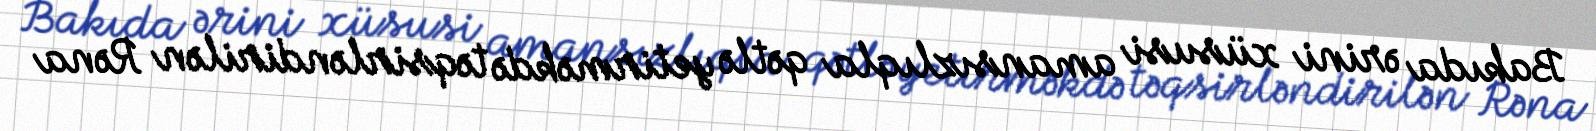
Bakıda ərini xüsusi amansızlıqla qətlə yetirməkdə təqsirləndirilən Rəna